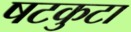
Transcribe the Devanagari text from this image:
षटकुटा